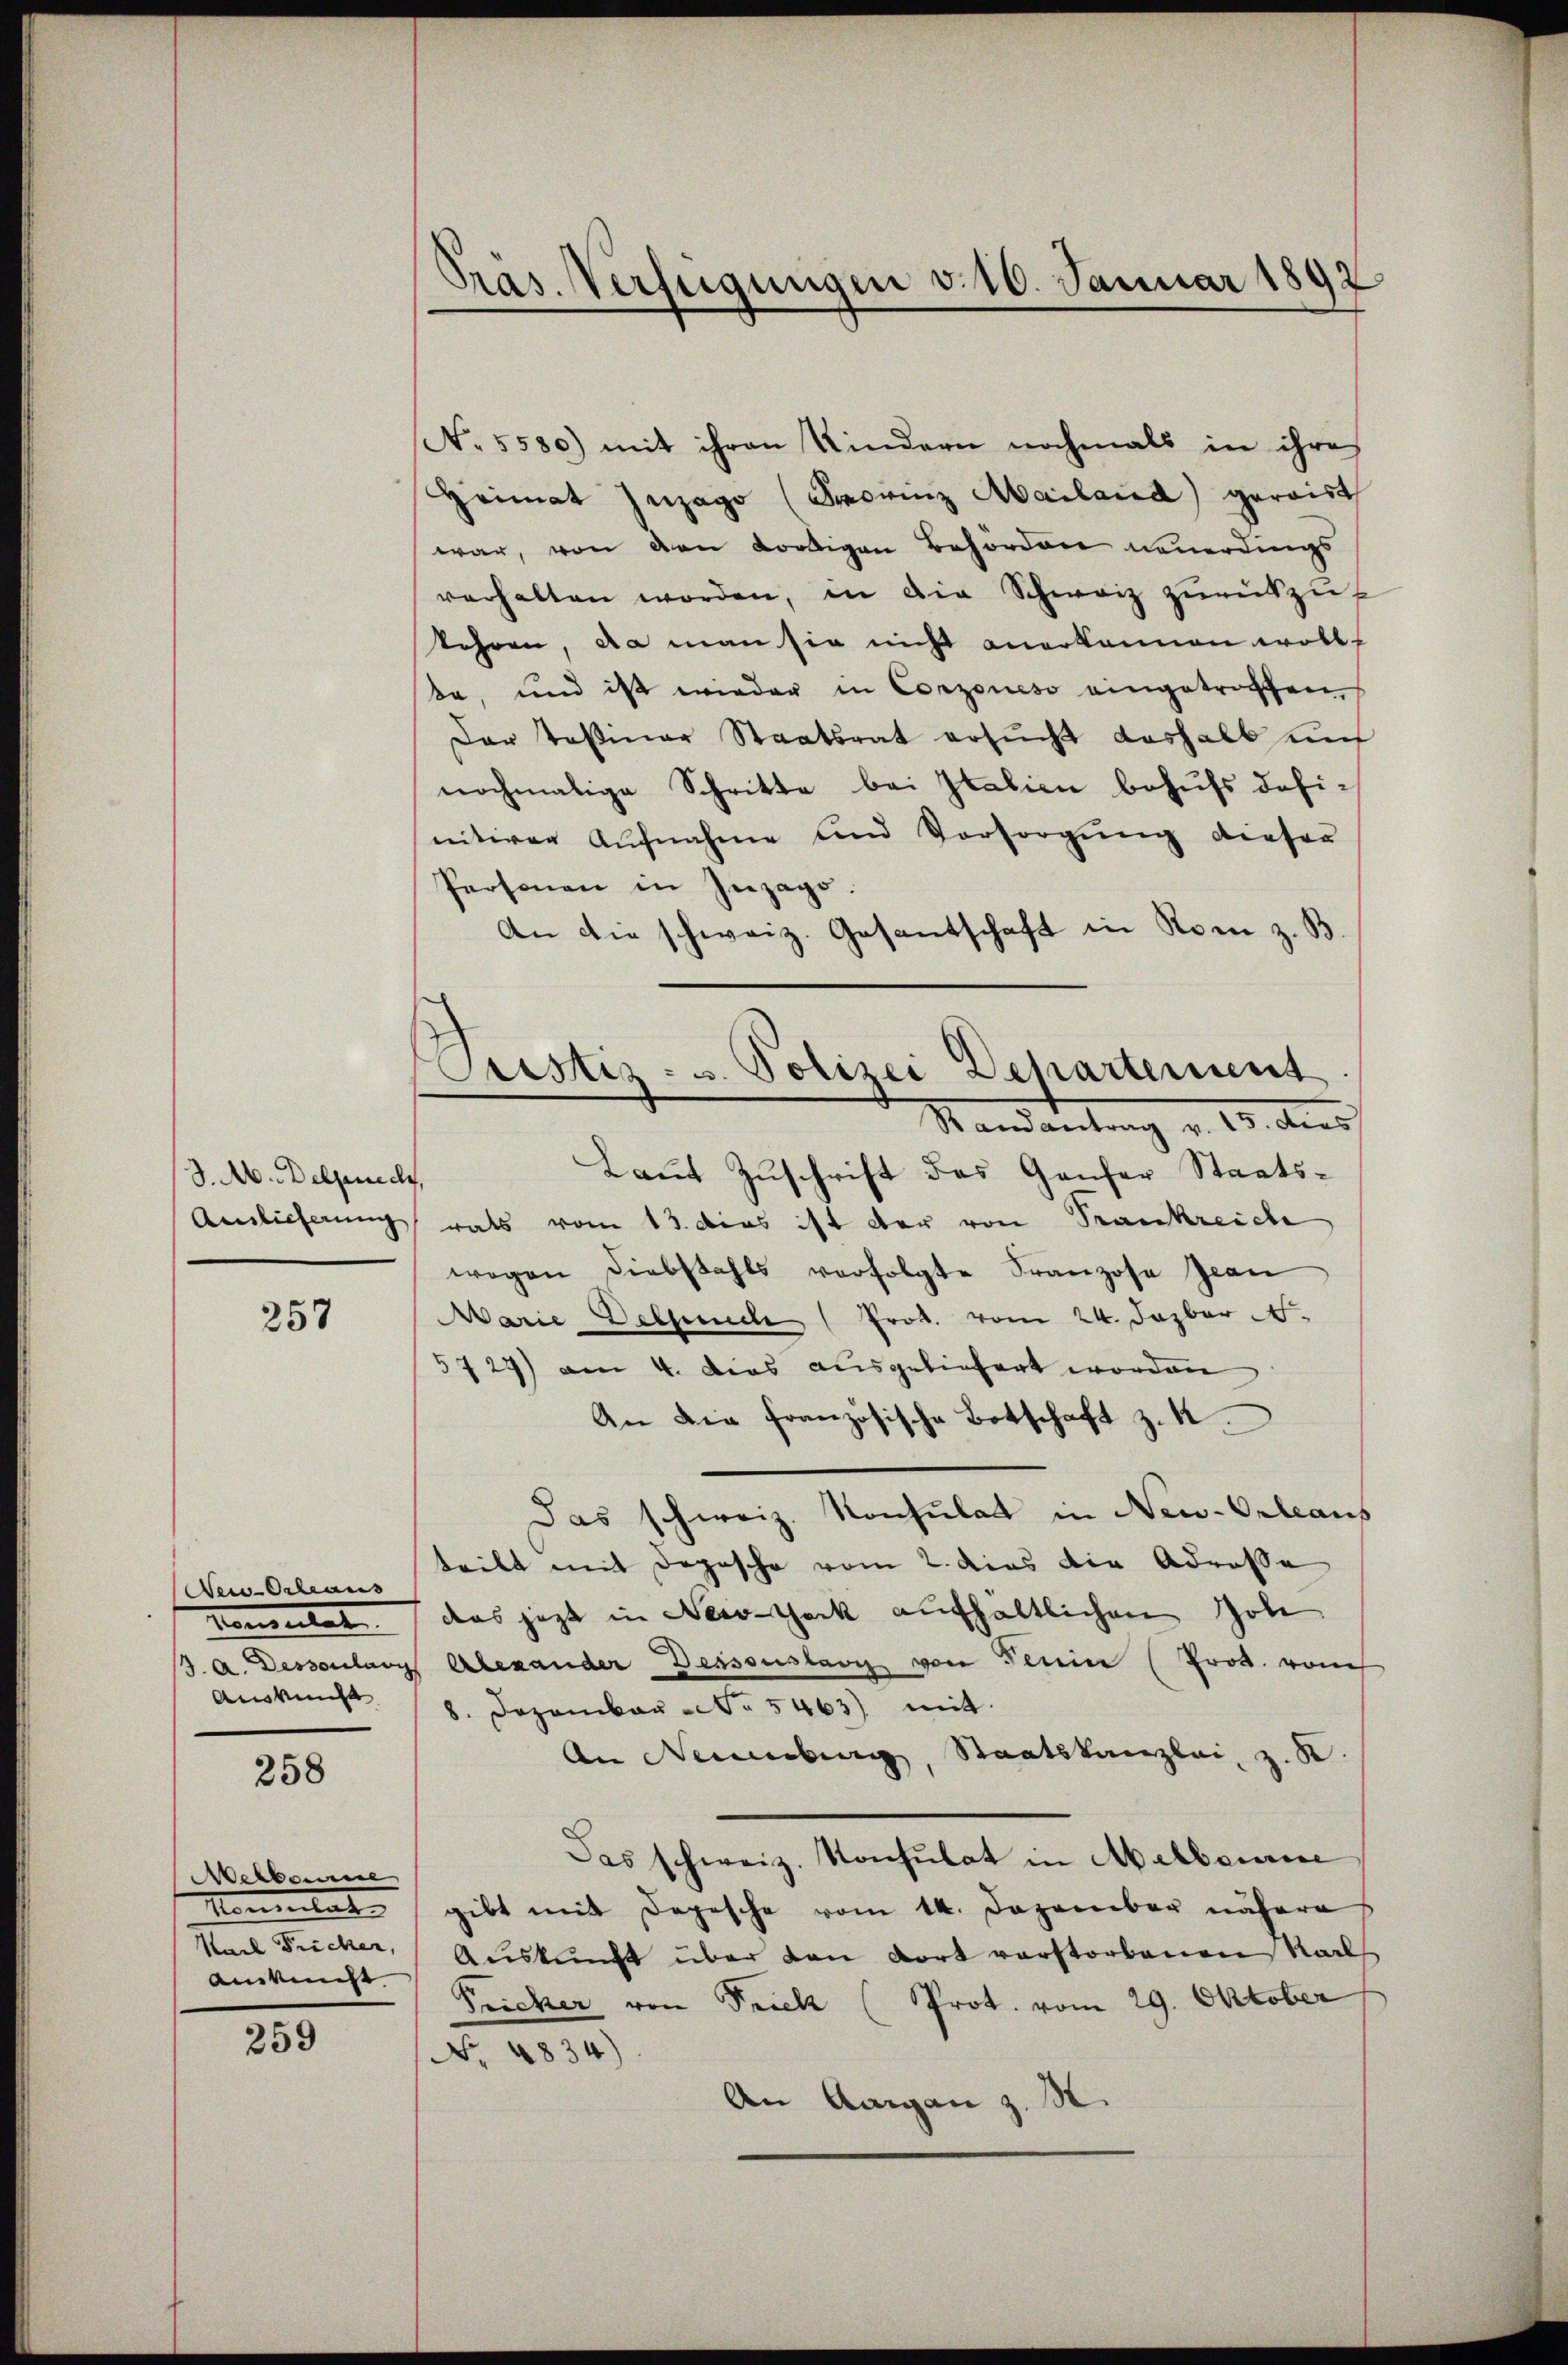
J. A. Delprech

257

New-Orleaus
komentat
Auskunft

258

Melboure
Montat
Karl Fricker,
amms.

259

Präs. Verfügungen v. 10. Januar 1892

ustiz- u. Polizei Departement
Randantrag v. 15. dies

No. 5530) mit ihren Kindern nochmals in ihre
Heimat Zuzago (Sacrinz Mailand geraist
war, von den dortigen Behörden neuerdings
verhalten worden, in die Schweiz zurückzuf
kehren, da man sie nicht anerkennen wollt
da, und ist wieder in Conzoneso eingetroffen,
Der Teßiner Staatsrat ersŭcht deshalb auf
nochmalige Schritte bei Italien behufs definitiver Aufnahme und Vorsorgung dieser
Personen in Inzago.
An die schweiz. Gesantschaft in Rom z. B.
Laut Zuschrift des Ganfer Staats¬
Auslieferung rats vom 13. dies ist der von Trankreich
wegen Diebstahls verfolgte Franzose Jean
Marie Delpuch (Prok. vom 24. Dazbar
5727) am 4. Das ausgeliefert worden
An die französische Botschaft z. K.
Das schweiz. Konsulat in New-Orleans
teilt mit Depesche vom 2. dies die Adresse
das jetzt in Nerotheck aufhaltlichen Gol
3. a. Dessoulang Alexander Dessoustavy von Termin (Prod. von
8. Dezember No. 5463) mit
An Neuenburg, Staatskanzlei z. B.
Das schweiz. Konsulat in Melboure
gibt mit Depesche vom 14. Dezember näheres
Auskunft über den dort verstorbenen Nachs
Fricker von Frick (Prot. vom 29. Oktober
No. 4834)
An Aargau z. S.